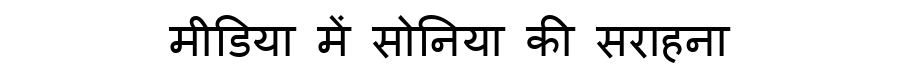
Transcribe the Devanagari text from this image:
मीडिया में सोनिया की सराहना